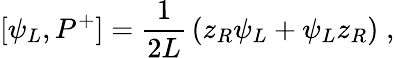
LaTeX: [\psi_{L},P^{+}]={\frac{1}{2L}}\left(z_{R}\psi_{L}+\psi_{L}z_{R}\right)\; ,